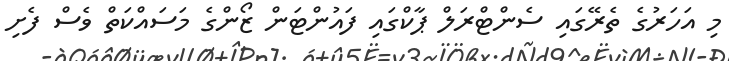
މި އަހަރުގެ ތެރޭގައި ސެންޓްރަލް ޕާކްގައި ފައުންޓަން ޒޯންގެ މަސައްކަތް ވެސް ފެށި